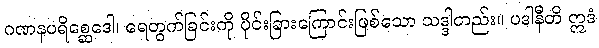
ဂဏနပရိစ္ဆေဒေါ၊ ရေတွက်ခြင်းကို ပိုင်းခြားကြောင်းဖြစ်သော သဒ္ဒါတည်း။ ပဒါနီတိ ဣဒံ